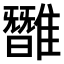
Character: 𩀿